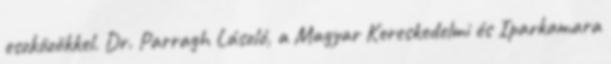
eszközökkel. Dr. Parragh László, a Magyar Kereskedelmi és Iparkamara